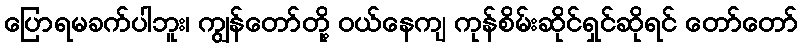
ပြောရမခက်ပါဘူး၊ ကျွန်တော်တို့ ဝယ်နေကျ ကုန်စိမ်းဆိုင်ရှင်ဆိုရင် တော်တော်